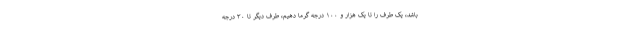
باشد، یک طرف را تا یک هزار و ۱۰۰ درجه گرما دهیم، طرف دیگر تا ۳۰ درجه